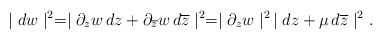
\begin{align*}\mid dw \mid^{2} = \mid \partial_{z} w \, dz + \partial_{\overline{z}}w \,d \overline{z} \mid^{2} = \mid \partial_{z}w\mid^{2}\, \mid dz + \mu \, d\overline{z} \mid^{2}.\end{align*}